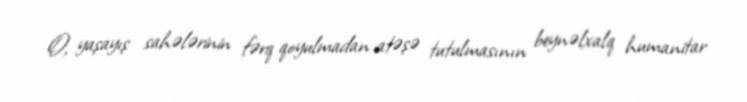
O, yaşayış sahələrinin fərq qoyulmadan atəşə tutulmasının beynəlxalq humanitar